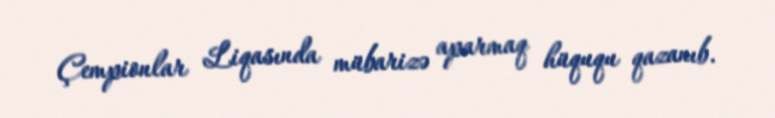
Çempionlar Liqasında mübarizə aparmaq hüququ qazanıb.